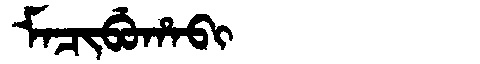
Manchu: ᠮᠠᠴᡳᠪᡠᡥᠠᠪᡳ
Romanization: MACIBUHABI